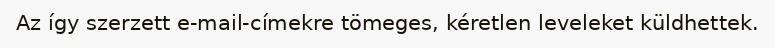
Az így szerzett e-mail-címekre tömeges, kéretlen leveleket küldhettek.